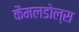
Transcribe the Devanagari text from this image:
कैमलडोल्स